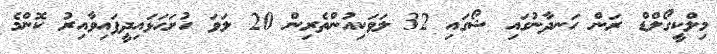
މިލްކީގޯލްޑް ރަން ހަނދާނުގައި ޝޯގައި 32 ލަވަކިއުންތެރިން 20 ލަވަ ހުށަހަޅައިދީފައިވާއިރު ކޮންމެ